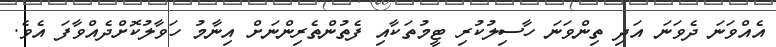
އެއްވަނަ ދެވަނަ އަދި ތިންވަނަ ހާސިލުކުރި ޓީމުތަކާއި ފެތުންތެރިންނަށް އިނާމު ހަވާލުކޮށްދެއްވާފަ އެވެ.